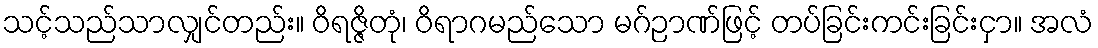
သင့်သည်သာလျှင်တည်း။ ဝိရဇ္ဇိတုံ၊ ဝိရာဂမည်သော မဂ်ဉာဏ်ဖြင့် တပ်ခြင်းကင်းခြင်းငှာ။ အလံ